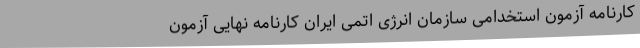
کارنامه آزمون استخدامی سازمان انرژی اتمی ایران کارنامه نهایی آزمون